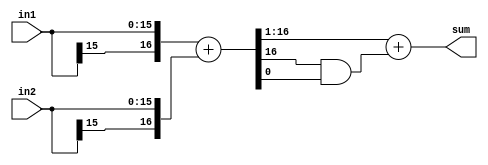
//
// Copyright 2011 Ettus Research LLC
// Copyright 2018 Ettus Research, a National Instruments Company
//
// SPDX-License-Identifier: LGPL-3.0-or-later
//



module add2_and_round
  #(parameter WIDTH=16)
    (input [WIDTH-1:0] in1,
     input [WIDTH-1:0] in2,
     output [WIDTH-1:0] sum);

   wire [WIDTH:0] 	sum_int = {in1[WIDTH-1],in1} + {in2[WIDTH-1],in2};
   assign 		sum = sum_int[WIDTH:1] + (sum_int[WIDTH] & sum_int[0]);
   
endmodule // add2_and_round